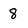
Character: 8